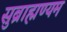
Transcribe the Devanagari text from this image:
सुब्राह्मण्यम